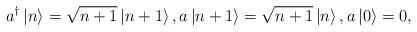
LaTeX: \begin{align*}a^\dagger \left| n \right> = \sqrt{n + 1} \left| n + 1 \right>, a \left| n + 1 \right> = \sqrt{n + 1} \left| n \right>, a \left| 0 \right> = 0,\end{align*}